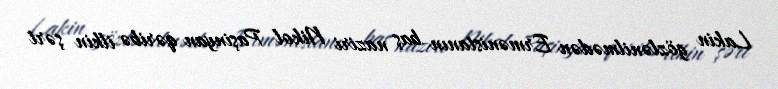
Lakin gözlənilmədən Ermənistanın baş naziri Nikol Paşinyan qəribə ilkin şərt